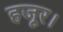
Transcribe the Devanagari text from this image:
हजूर।